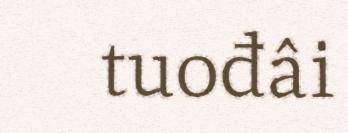
tuođâi